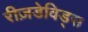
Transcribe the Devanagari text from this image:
रीज़डेविड्स